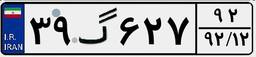
۳۹گ۶۲۷۹۲